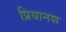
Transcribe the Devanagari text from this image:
प्रियानश